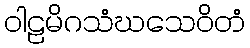
ဝါဠမိဂသံဃသေဝိတံ